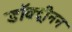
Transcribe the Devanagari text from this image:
डॉक्ट्रीनन